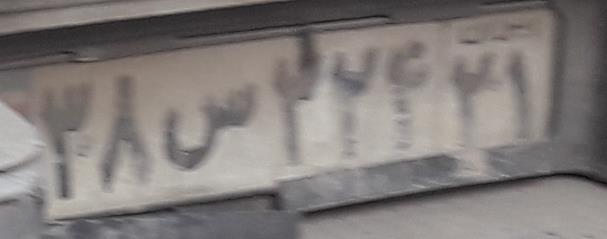
۳۸س۳۲۴۲۱